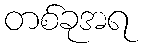
တစ်ခုအရ